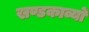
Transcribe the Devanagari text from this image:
खण्डकाव्यों